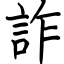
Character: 詐